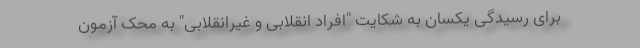
برای رسیدگی یکسان به شکایت "افراد انقلابی و غیرانقلابی" به محک آزمون